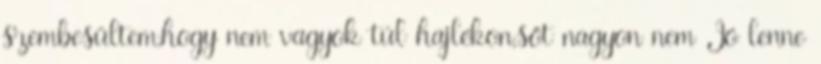
szembesültem,hogy nem vagyok túl hajlékon,sőt nagyon nem Jó lenne